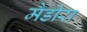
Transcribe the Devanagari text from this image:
मैडीरा